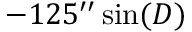
- 1 2 5 ^ { \prime \prime } \sin ( D )